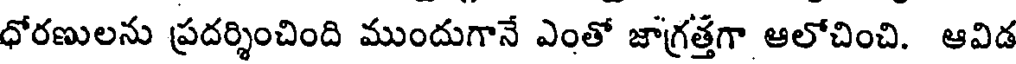
ధోరణులను ప్రదర్శించింది ముందుగానే ఎంతో జాగ్రత్తగా ఆలోచించి. ఆవిడ